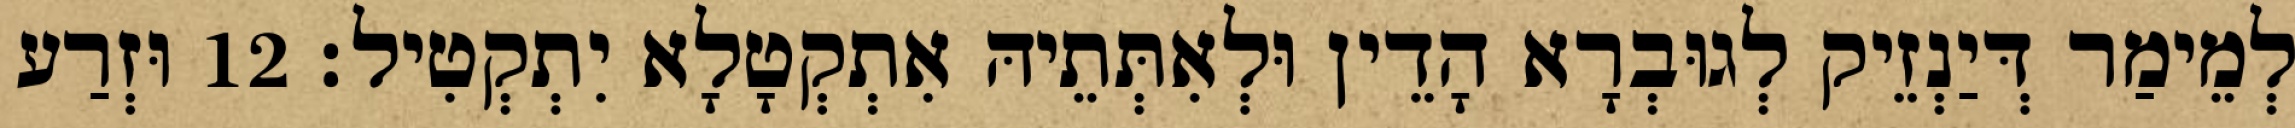
לְמֵימַר דְּיַנְזֵיק לְגוּבְרָא הָדֵין וּלְאִתְּתֵיהּ אִתְקְטָלָא יִתְקְטִיל׃ 12 וּזְרַע